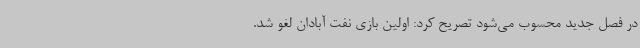
در فصل جدید محسوب می‌شود تصریح کرد: اولین بازی نفت آبادان لغو شد.